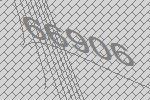
66906